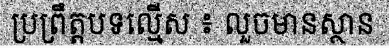
ប្រព្រឹត្តបទល្មើស ៖ លួចមានស្ថាន